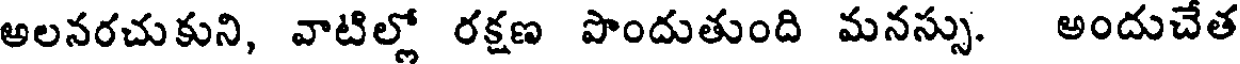
ఆలనరచుకుని, వాటిల్లో రక్షణ పొందుతుంది మనస్సు. అందుచేత